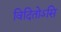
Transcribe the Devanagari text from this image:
विदितोऽसि